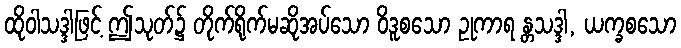
ထိုဝါသဒ္ဒါဖြင့် ဤသုတ်၌ တိုက်ရိုက်မဆိုအပ်သော ဝိဒူစသော ဥုကာရ န္တသဒ္ဒါ, ယက္ခစသော